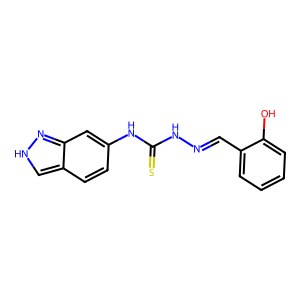
SMILES: Oc1ccccc1C=NNC(=S)Nc1ccc2c[nH]nc2c1
Inhibits HIV replication: No